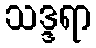
သဒ္ဒရာ